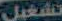
تشغيل